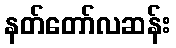
နတ်တော်လဆန်း